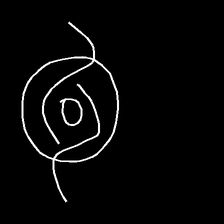
Glyph: repetition